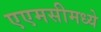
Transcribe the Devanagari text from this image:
एएमसीमध्ये